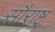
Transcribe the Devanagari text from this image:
सौराष्ट्र्